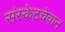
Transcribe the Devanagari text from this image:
संस्केटचेवान